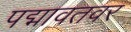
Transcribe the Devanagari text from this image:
पद्मावतवर